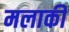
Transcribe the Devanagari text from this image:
मलाकी